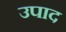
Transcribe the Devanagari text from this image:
उपाद